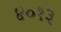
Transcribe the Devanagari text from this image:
४०१३